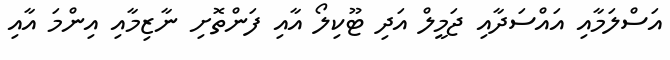
އަސްލަމާއި އައްސަދާއި ޖަމީލް އަދި ޓޫކިލޯ އާއި ފަންތޮށި ނާޒިމާއި އިންމަ އާއި